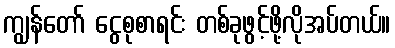
ကျွန်တော် ငွေစုစာရင်း တစ်ခုဖွင့်ဖို့လိုအပ်တယ်။